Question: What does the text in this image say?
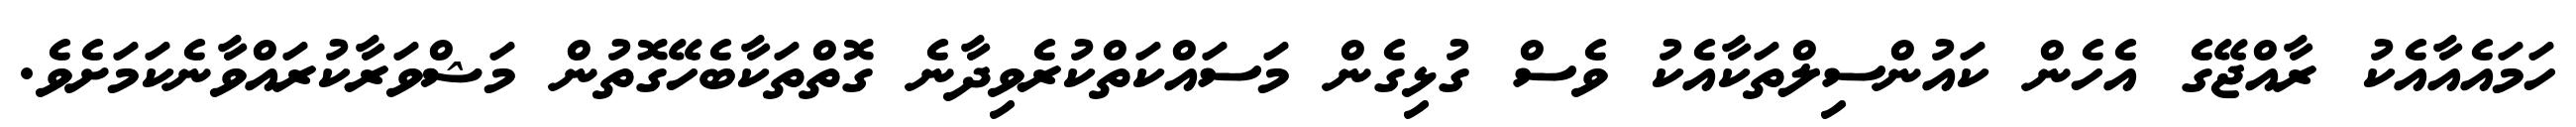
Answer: ހަމައެއާއެކު ރާއްޖޭގެ އެހެން ކައުންސިލްތަކާއެކު ވެސް ގުޅިގެން މަސައްކަތްކުރެވިދާނެ ގޮތްތަކާބެހޭގޮތުން މަޝްވަރާކުރައްވާނެކަމަށެވެ.